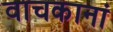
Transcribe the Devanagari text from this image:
वाचकानां